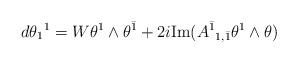
LaTeX: \begin{align*}d\theta _{1}{}^{1}=W\theta ^{1}\wedge \theta ^{\bar{1}}+2i\mathrm{Im}(A^{\bar{1}}{}_{1,\bar{1}}\theta ^{1}\wedge \theta ) \end{align*}